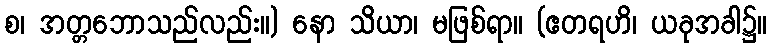
စ၊ အတ္တဘောသည်လည်း။) နော သိယာ၊ မဖြစ်ရာ။ (ဧတရဟိ၊ ယခုအခါ၌။